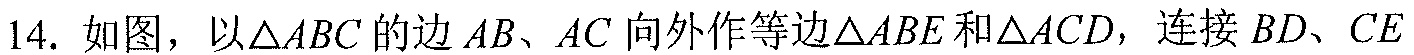
14. 如图，以$\triangle ABC$的边$AB、AC$向外作等边$\triangle ABE$和$\triangle ACD$，连接$BD、CE$